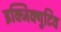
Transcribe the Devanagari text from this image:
इक्जिक्युटिव